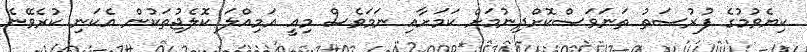
ކިޔެވުމުގެ ފުރުސަތު ތަނަވަސްކޮށްދިނުމަށް ކަމަށާއި ނަމަވެސް މިއީ އަމިއްލަ ކޮލެޖުތަކުން އެކަނި ކުރެވޭނެ